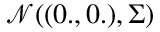
\mathcal { N } ( ( 0 . , 0 . ) , \Sigma )